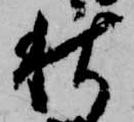
秋